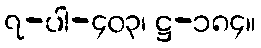
၇-ပါ-၄၀၃၊ ဋ္ဌ-၁၈၄။